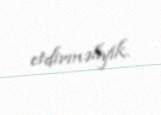
etdirməliyik.